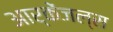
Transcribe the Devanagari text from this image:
आर्केंजल्स